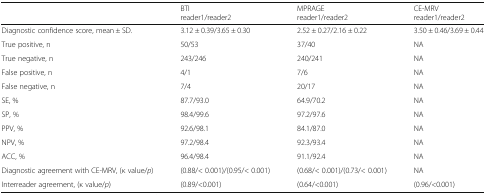
<table><thead><tr><td></td><td><b>BTIreader1/reader2</b></td><td><b>MPRAGEreader1/reader2</b></td><td><b>CE-MRVreader1/reader2</b></td></tr></thead><tbody><tr><td>Diagnostic confidence score, mean ± SD.</td><td>3.12 ± 0.39/3.65 ± 0.30</td><td>2.52 ± 0.27/2.16 ± 0.22</td><td>3.50 ± 0.46/3.69 ± 0.44</td></tr><tr><td>True positive, n</td><td>50/53</td><td>37/40</td><td>NA</td></tr><tr><td>True negative, n</td><td>243/246</td><td>240/241</td><td>NA</td></tr><tr><td>False positive, n</td><td>4/1</td><td>7/6</td><td>NA</td></tr><tr><td>False negative, n</td><td>7/4</td><td>20/17</td><td>NA</td></tr><tr><td>SE, %</td><td>87.7/93.0</td><td>64.9/70.2</td><td>NA</td></tr><tr><td>SP, %</td><td>98.4/99.6</td><td>97.2/97.6</td><td>NA</td></tr><tr><td>PPV, %</td><td>92.6/98.1</td><td>84.1/87.0</td><td>NA</td></tr><tr><td>NPV, %</td><td>97.2/98.4</td><td>92.3/93.4</td><td>NA</td></tr><tr><td>ACC, %</td><td>96.4/98.4</td><td>91.1/92.4</td><td>NA</td></tr><tr><td>Diagnostic agreement with CE-MRV, (κ value/<i>p</i>)</td><td>(0.88/&lt; 0.001)/(0.95/&lt; 0.001)</td><td>(0.68/&lt; 0.001)/(0.73/&lt; 0.001)</td><td>NA</td></tr><tr><td>Interreader agreement, (κ value/<i>p</i>)</td><td>(0.89/&lt;0.001)</td><td>(0.64/&lt;0.001)</td><td>(0.96/&lt;0.001)</td></tr></tbody></table>